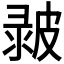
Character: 𤿴